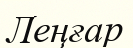
Леңғар